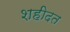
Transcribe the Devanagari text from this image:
शहीदत